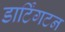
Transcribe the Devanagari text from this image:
डार्टिंगटन